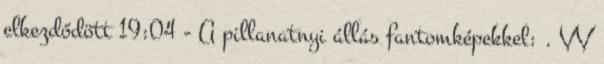
elkezdődött 19:04 - A pillanatnyi állás fantomképekkel: . VV